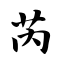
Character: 芮